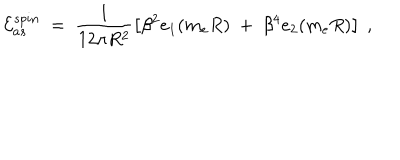
{ \cal E } _ { a s } ^ { s p i n } \ = \ \frac { 1 } { 1 2 \pi R ^ { 2 } } \left[ \beta ^ { 2 } e _ { 1 } ( m _ { e } R ) \ + \ \beta ^ { 4 } e _ { 2 } ( m _ { e } R ) \right] \ ,